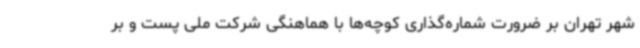
شهر تهران بر ضرورت شماره‌گذاری کوچه‌ها با هماهنگی شرکت ملی پست و بر